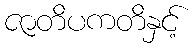
ဇာတိပကတိနှင့်